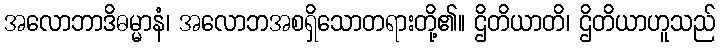
အလောဘာဒိဓမ္မာနံ၊ အလောဘအစရှိသောတရားတို့၏။ ဌိတိယာတိ၊ ဌိတိယာဟူသည်